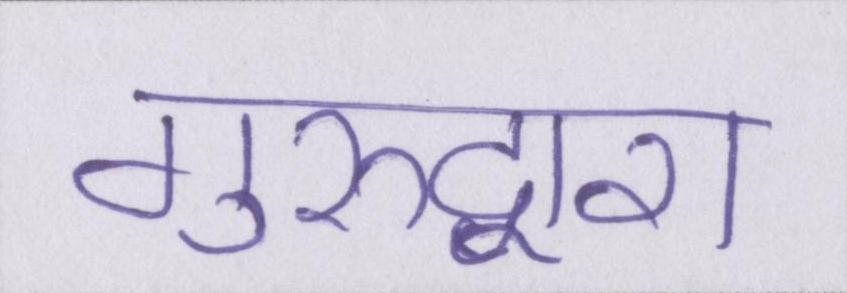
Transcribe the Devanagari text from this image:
गुरुद्वारा